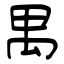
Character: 禺